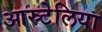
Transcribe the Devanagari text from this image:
आस्र्टेलिया